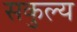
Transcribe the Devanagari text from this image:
सकुल्य